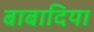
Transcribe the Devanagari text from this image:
बाबादिया